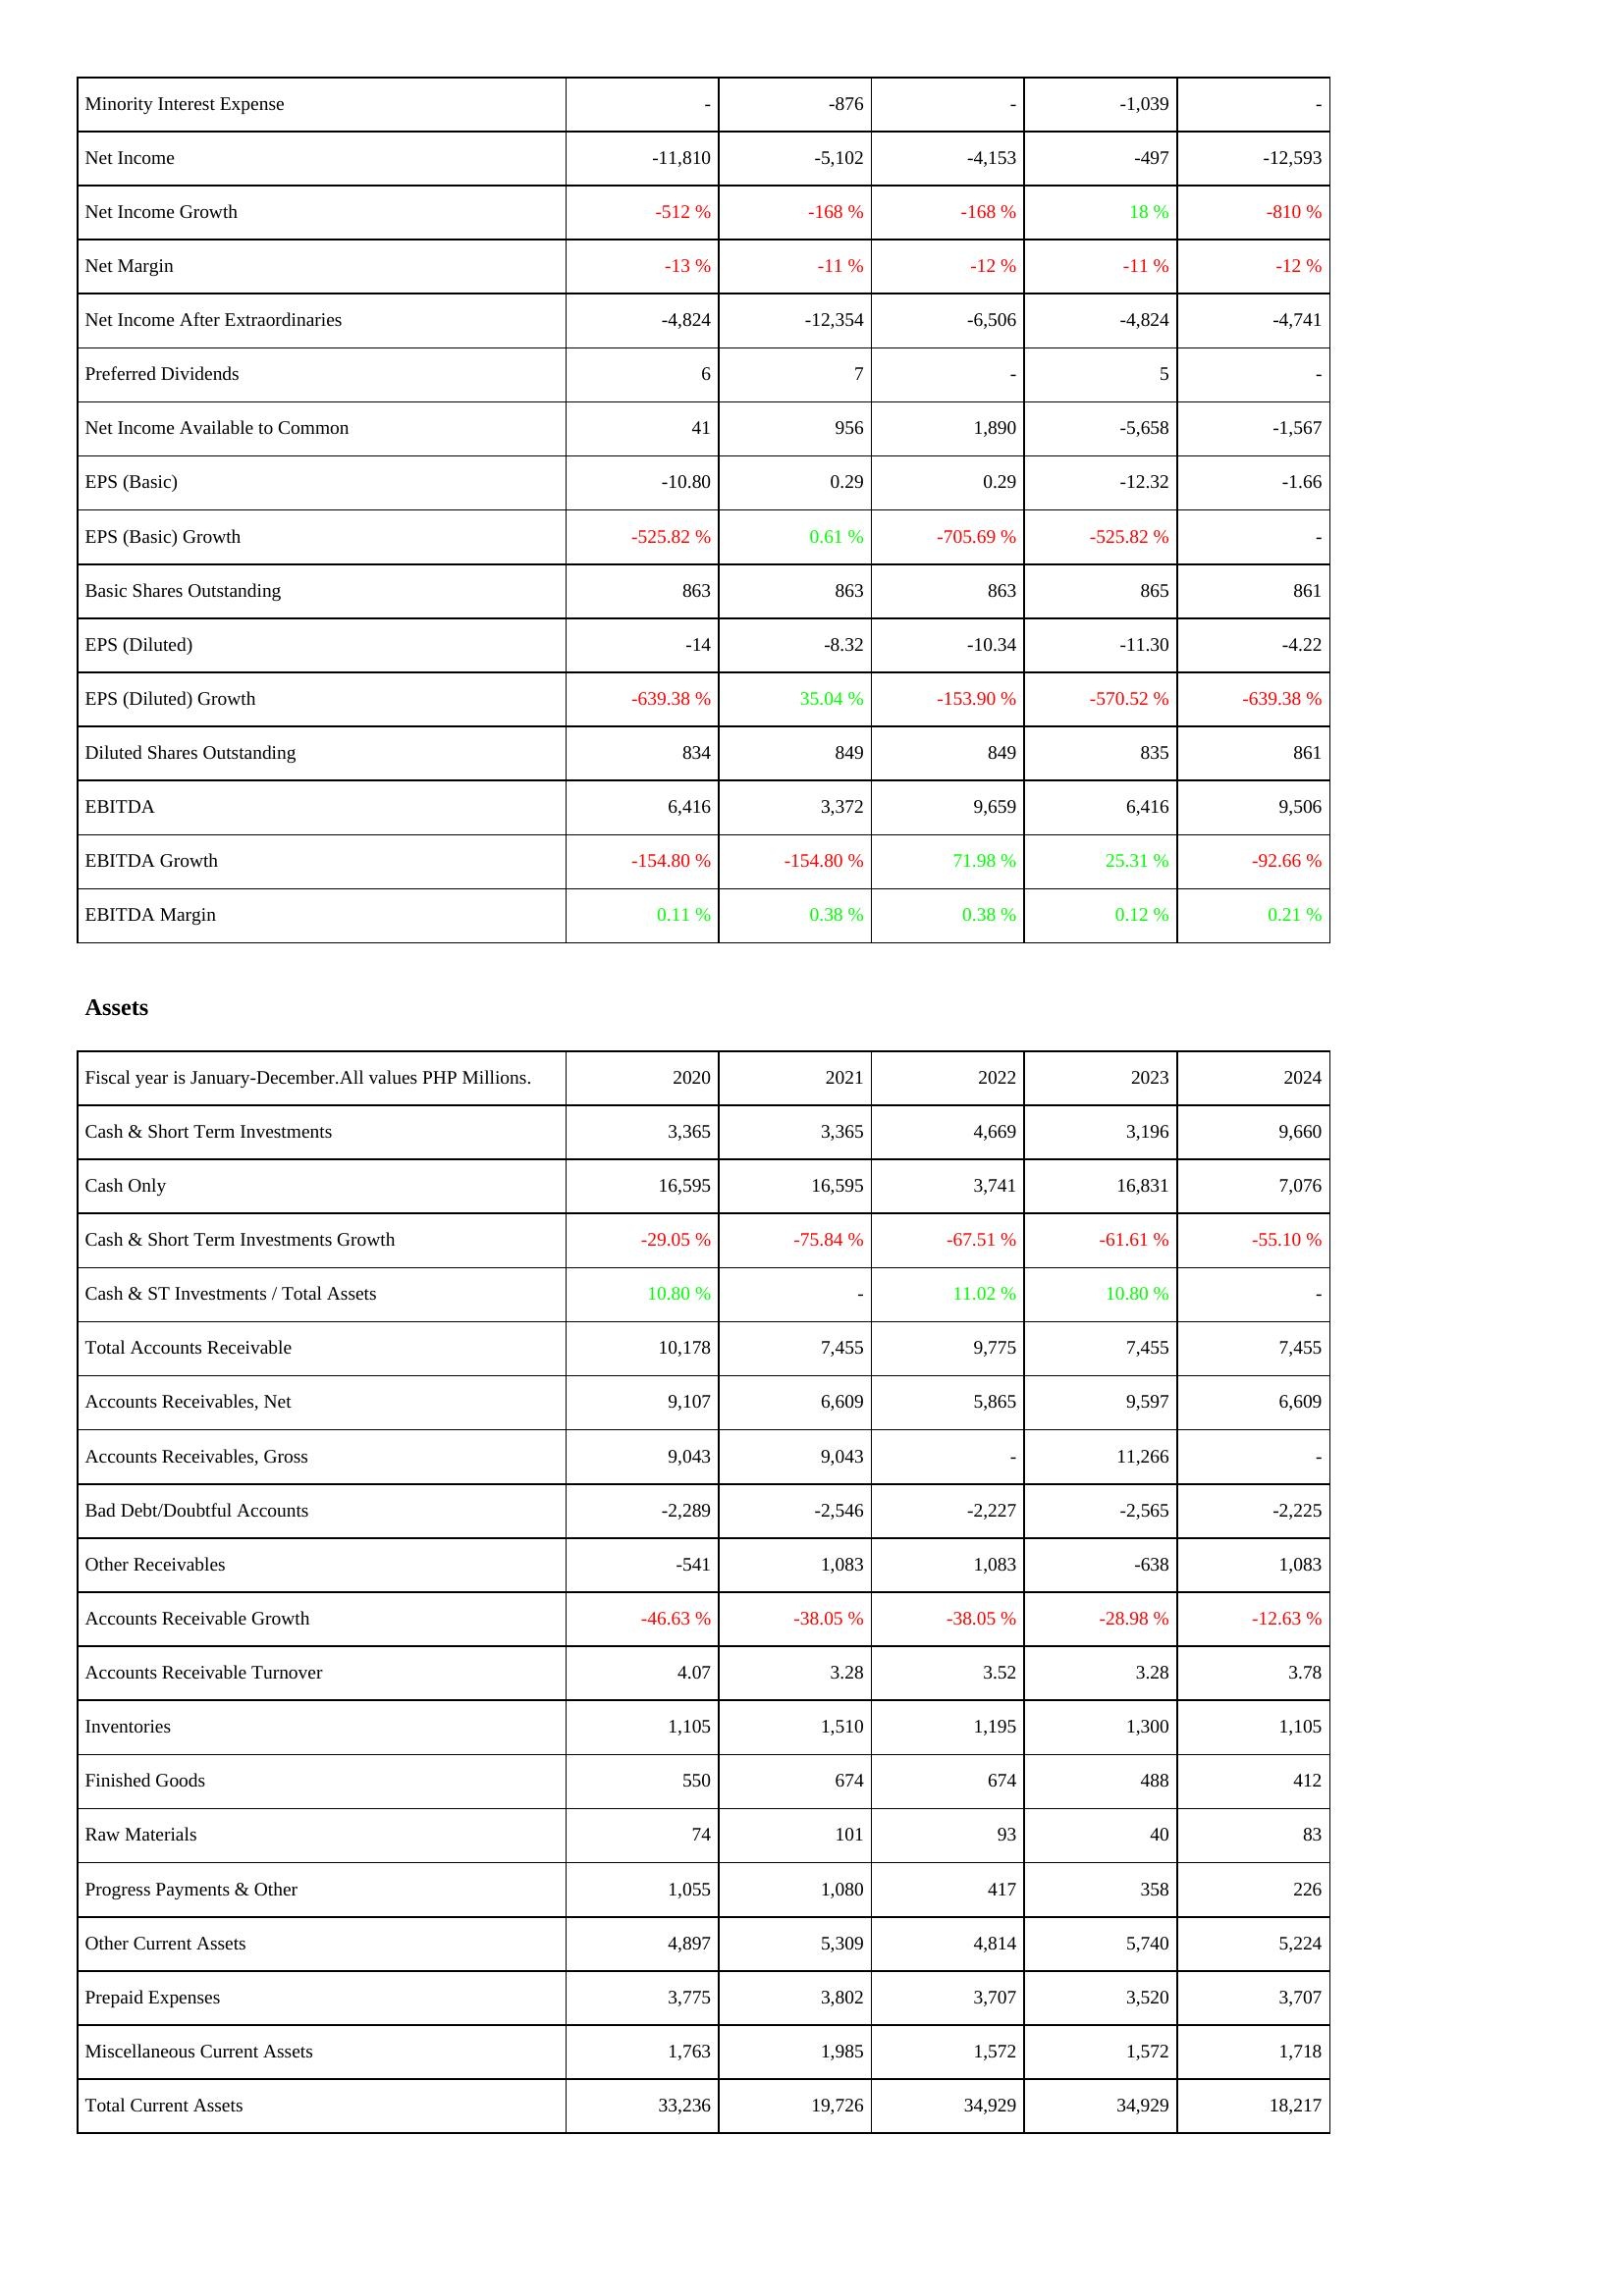
2020: Income Statement: Minority Interest Expense: -
Net Income: -11,810
Net Income Growth: -512 %
Net Margin: -13 %
Net Income After Extraordinaries: -4,824
Preferred Dividends: 6
Net Income Available to Common: 41
EPS (Basic): -10.80
EPS (Basic) Growth: -525.82 %
Basic Shares Outstanding: 863
EPS (Diluted): -14
EPS (Diluted) Growth: -639.38 %
Diluted Shares Outstanding: 834
EBITDA: 6,416
EBITDA Growth: -154.80 %
EBITDA Margin: 0.11 %
Assets: Cash & Short Term Investments: 3,365
Cash Only: 16,595
Cash & Short Term Investments Growth: -29.05 %
Cash & ST Investments / Total Assets: 10.80 %
Total Accounts Receivable: 10,178
Accounts Receivables, Net: 9,107
Accounts Receivables, Gross: 9,043
Bad Debt/Doubtful Accounts: -2,289
Other Receivables: -541
Accounts Receivable Growth: -46.63 %
Accounts Receivable Turnover: 4.07
Inventories: 1,105
Finished Goods: 550
Raw Materials: 74
Progress Payments & Other: 1,055
Other Current Assets: 4,897
Prepaid Expenses: 3,775
Miscellaneous Current Assets: 1,763
Total Current Assets: 33,236
2021: Income Statement: Minority Interest Expense: -876
Net Income: -5,102
Net Income Growth: -168 %
Net Margin: -11 %
Net Income After Extraordinaries: -12,354
Preferred Dividends: 7
Net Income Available to Common: 956
EPS (Basic): 0.29
EPS (Basic) Growth: 0.61 %
Basic Shares Outstanding: 863
EPS (Diluted): -8.32
EPS (Diluted) Growth: 35.04 %
Diluted Shares Outstanding: 849
EBITDA: 3,372
EBITDA Growth: -154.80 %
EBITDA Margin: 0.38 %
Assets: Cash & Short Term Investments: 3,365
Cash Only: 16,595
Cash & Short Term Investments Growth: -75.84 %
Cash & ST Investments / Total Assets: -
Total Accounts Receivable: 7,455
Accounts Receivables, Net: 6,609
Accounts Receivables, Gross: 9,043
Bad Debt/Doubtful Accounts: -2,546
Other Receivables: 1,083
Accounts Receivable Growth: -38.05 %
Accounts Receivable Turnover: 3.28
Inventories: 1,510
Finished Goods: 674
Raw Materials: 101
Progress Payments & Other: 1,080
Other Current Assets: 5,309
Prepaid Expenses: 3,802
Miscellaneous Current Assets: 1,985
Total Current Assets: 19,726
2022: Income Statement: Minority Interest Expense: -
Net Income: -4,153
Net Income Growth: -168 %
Net Margin: -12 %
Net Income After Extraordinaries: -6,506
Preferred Dividends: -
Net Income Available to Common: 1,890
EPS (Basic): 0.29
EPS (Basic) Growth: -705.69 %
Basic Shares Outstanding: 863
EPS (Diluted): -10.34
EPS (Diluted) Growth: -153.90 %
Diluted Shares Outstanding: 849
EBITDA: 9,659
EBITDA Growth: 71.98 %
EBITDA Margin: 0.38 %
Assets: Cash & Short Term Investments: 4,669
Cash Only: 3,741
Cash & Short Term Investments Growth: -67.51 %
Cash & ST Investments / Total Assets: 11.02 %
Total Accounts Receivable: 9,775
Accounts Receivables, Net: 5,865
Accounts Receivables, Gross: -
Bad Debt/Doubtful Accounts: -2,227
Other Receivables: 1,083
Accounts Receivable Growth: -38.05 %
Accounts Receivable Turnover: 3.52
Inventories: 1,195
Finished Goods: 674
Raw Materials: 93
Progress Payments & Other: 417
Other Current Assets: 4,814
Prepaid Expenses: 3,707
Miscellaneous Current Assets: 1,572
Total Current Assets: 34,929
2023: Income Statement: Minority Interest Expense: -1,039
Net Income: -497
Net Income Growth: 18 %
Net Margin: -11 %
Net Income After Extraordinaries: -4,824
Preferred Dividends: 5
Net Income Available to Common: -5,658
EPS (Basic): -12.32
EPS (Basic) Growth: -525.82 %
Basic Shares Outstanding: 865
EPS (Diluted): -11.30
EPS (Diluted) Growth: -570.52 %
Diluted Shares Outstanding: 835
EBITDA: 6,416
EBITDA Growth: 25.31 %
EBITDA Margin: 0.12 %
Assets: Cash & Short Term Investments: 3,196
Cash Only: 16,831
Cash & Short Term Investments Growth: -61.61 %
Cash & ST Investments / Total Assets: 10.80 %
Total Accounts Receivable: 7,455
Accounts Receivables, Net: 9,597
Accounts Receivables, Gross: 11,266
Bad Debt/Doubtful Accounts: -2,565
Other Receivables: -638
Accounts Receivable Growth: -28.98 %
Accounts Receivable Turnover: 3.28
Inventories: 1,300
Finished Goods: 488
Raw Materials: 40
Progress Payments & Other: 358
Other Current Assets: 5,740
Prepaid Expenses: 3,520
Miscellaneous Current Assets: 1,572
Total Current Assets: 34,929
2024: Income Statement: Minority Interest Expense: -
Net Income: -12,593
Net Income Growth: -810 %
Net Margin: -12 %
Net Income After Extraordinaries: -4,741
Preferred Dividends: -
Net Income Available to Common: -1,567
EPS (Basic): -1.66
EPS (Basic) Growth: -
Basic Shares Outstanding: 861
EPS (Diluted): -4.22
EPS (Diluted) Growth: -639.38 %
Diluted Shares Outstanding: 861
EBITDA: 9,506
EBITDA Growth: -92.66 %
EBITDA Margin: 0.21 %
Assets: Cash & Short Term Investments: 9,660
Cash Only: 7,076
Cash & Short Term Investments Growth: -55.10 %
Cash & ST Investments / Total Assets: -
Total Accounts Receivable: 7,455
Accounts Receivables, Net: 6,609
Accounts Receivables, Gross: -
Bad Debt/Doubtful Accounts: -2,225
Other Receivables: 1,083
Accounts Receivable Growth: -12.63 %
Accounts Receivable Turnover: 3.78
Inventories: 1,105
Finished Goods: 412
Raw Materials: 83
Progress Payments & Other: 226
Other Current Assets: 5,224
Prepaid Expenses: 3,707
Miscellaneous Current Assets: 1,718
Total Current Assets: 18,217